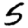
Digit: 5